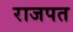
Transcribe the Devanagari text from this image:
राजपत